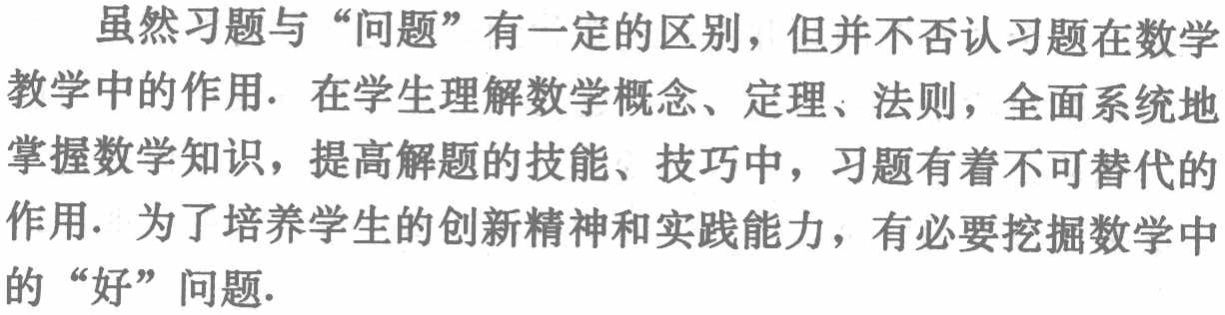
虽然习题与“问题”有一定的区别，但并不否认习题在数学教学中的作用. 在学生理解数学概念、定理、法则，全面系统地掌握数学知识，提高解题的技能、技巧中，习题有着不可替代的作用. 为了培养学生的创新精神和实践能力，有必要挖掘数学中的“好”问题.